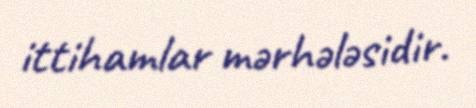
ittihamlar mərhələsidir.